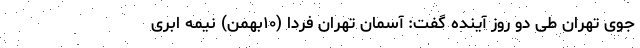
جوی تهران طی دو روز آینده گفت: آسمان تهران فردا (۱۰بهمن) نیمه ابری